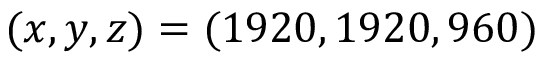
( x , y , z ) = ( 1 9 2 0 , 1 9 2 0 , 9 6 0 )